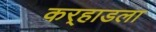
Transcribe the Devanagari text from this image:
कर्‍हाडला